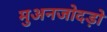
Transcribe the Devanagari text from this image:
मुअनजोदड़ो